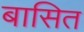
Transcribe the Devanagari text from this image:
बासित